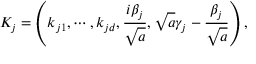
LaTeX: K _ { j } = \left( k _ { j 1 } , \cdots , k _ { j d } , \frac { i \beta _ { j } } { \sqrt { a } } , \sqrt { a } \gamma _ { j } - \frac { \beta _ { j } } { \sqrt { a } } \right) ,